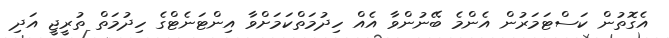
އެގޮތުން ކަސްޓަމަރުން އެންމެ ބޭނުންވާ އެއް ހިދުމަތްކަމަށްވާ އިންޓަނެޓްގެ ހިދުމަތް ތުރީޖީ އަދި